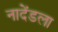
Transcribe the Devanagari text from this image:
नादेंडला